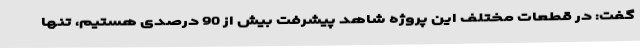
گفت: در قطعات مختلف این پروژه شاهد پیشرفت بیش از 90 درصدی هستیم، تنها